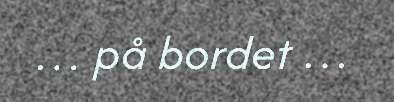
… på bordet …